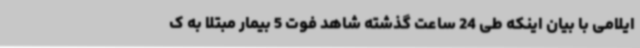
ایلامی با بیان اینکه طی 24 ساعت گذشته شاهد فوت 5 بیمار مبتلا به ک